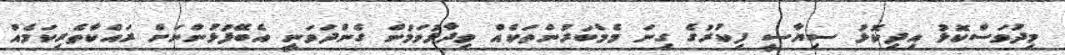
މިދުވަސްކޮޅު އިދިކޮޅު ސިޔާސީ ފިކުރުގެ ގިނަ މެމްބަރުންތަކެއް ވިދާޅުވަމުން ގެންދަވަނީ އެބޭފުޅުންނަށް ރައްކާތެރިކަމެއް